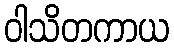
ဝါသိတကာယ